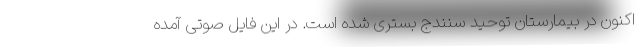
اکنون در بیمارستان توحید سنندج بستری شده است. در این فایل صوتی آمده